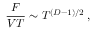
{ \frac { F } { V T } } \sim T ^ { ( D - 1 ) / 2 } \; ,